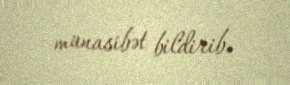
münasibət bildirib.